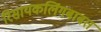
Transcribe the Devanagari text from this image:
रिसायकलिंगबाबत